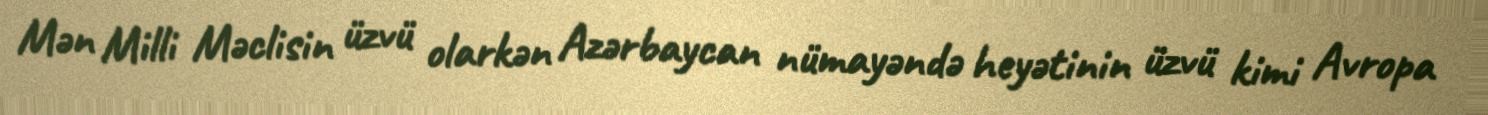
Mən Milli Məclisin üzvü olarkən Azərbaycan nümayəndə heyətinin üzvü kimi Avropa